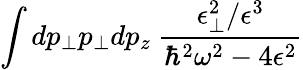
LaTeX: \int dp_{\bot}p_{\bot}dp_{z}\ \frac{\epsilon_{\bot}^{2}/\epsilon^{3}}{\hbar^{2}\omega^{2}-4\epsilon^{2}}